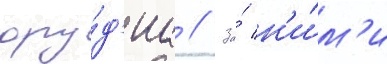
ору́д'иа // За́ н'и́м'и